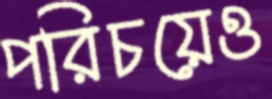
পরিচয়েও